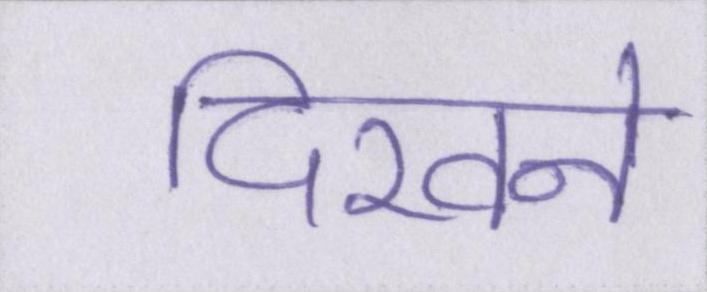
दिखने